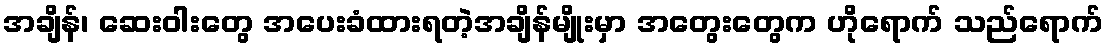
အချိန်၊ ဆေးဝါးတွေ အပေးခံထားရတဲ့အချိန်မျိုးမှာ အတွေးတွေက ဟိုရောက် သည်ရောက်